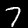
Digit: 7